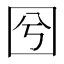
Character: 𡆽